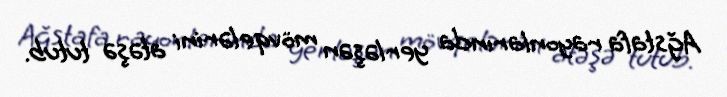
Ağstafa rayonlarında yerləşən mövqelərini atəşə tutub.